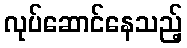
လုပ်ဆောင်နေသည့်